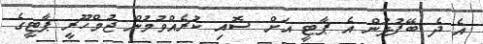
އެ ދެ ބޭފުޅުން އެ ޕާޓީ އަށް ސޮއި ކުރެއްވުމުން ޖުމްހޫރީ ޕާޓީގެ